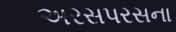
અરસપરસના